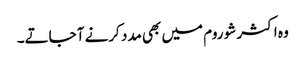
وہ اکثر شو روم میں بھی مدد کرنے آ جاتے۔